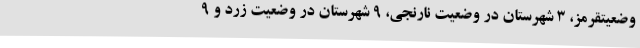
وضعیتقرمز، 3 شهرستان در وضعیت نارنجی، 9 شهرستان در وضعیت زرد و 9